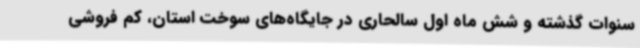
سنوات گذشته و شش ماه اول سالحاری در جایگاه‌های سوخت استان، کم فروشی